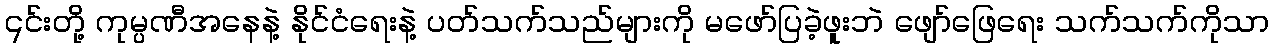
၎င်းတို့ ကုမ္ပဏီအနေနဲ့ နိုင်ငံရေးနဲ့ ပတ်သက်သည်များကို မဖော်ပြခဲ့ဖူးဘဲ ဖျော်ဖြေရေး သက်သက်ကိုသာ